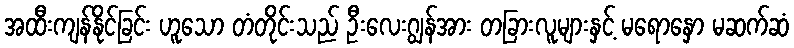
အထီးကျန်နိုင်ခြင်း ဟူသော တံတိုင်းသည် ဦးလေးဂျွန်အား တခြားလူများနှင့် မရောနှော မဆက်ဆံ